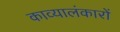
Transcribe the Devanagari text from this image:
काव्यालंकारों